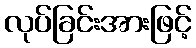
လုပ်ခြင်းအားဖြင့်